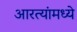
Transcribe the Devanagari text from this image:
आरत्यांमध्ये